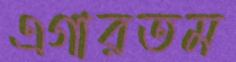
এগারতম